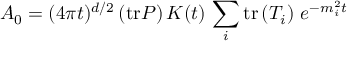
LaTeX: A _ { 0 } = ( 4 \pi t ) ^ { d / 2 } \left( \mathrm { t r } P \right) K ( t ) \, \sum _ { i } \mathrm { t r } \left( T _ { i } \right) \, e ^ { - m _ { i } ^ { 2 } t }